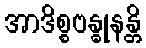
အာဒိစ္စဗန္ဓုနန္တိ